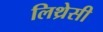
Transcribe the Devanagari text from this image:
लिथ्रेसी